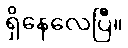
ရှိနေလေပြီ။